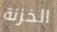
الخزنة